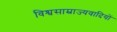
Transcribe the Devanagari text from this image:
विश्वसाम्राज्यवादियों